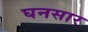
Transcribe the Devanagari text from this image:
घनसार